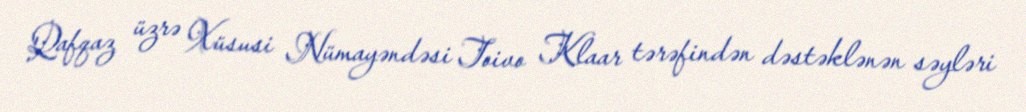
Qafqaz üzrə Xüsusi Nümayəndəsi Toivo Klaar tərəfindən dəstəklənən səyləri